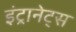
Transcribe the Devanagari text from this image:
इंट्रानेट्स